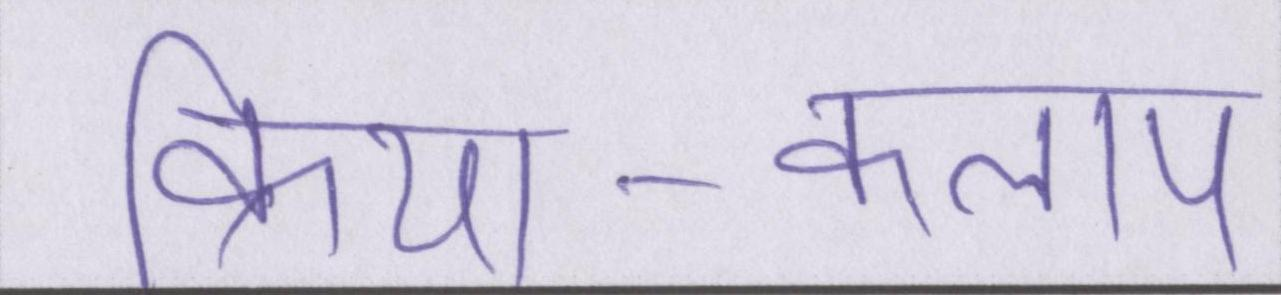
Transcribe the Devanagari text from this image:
क्रिया-कलाप